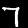
Digit: 7